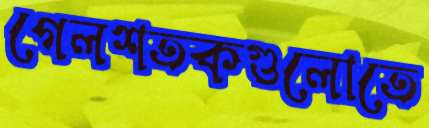
গেলশতকগুলোতে